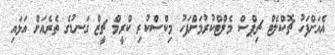
އެއަށްފަހު ޗޮކްލެޓް ޗިޕްސް މެލްޓްކުރުމަށްފަހު މިކްސްކުރި ކްރީމް ޗީޒް ގަނޑުގެ ތެރެއަށް އަޅައި